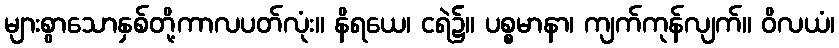
များစွာသောနှစ်တို့ကာလပတ်လုံး။ နိရယေ၊ ငရဲ၌။ ပစ္စမာနာ၊ ကျက်ကုန်လျက်။ ဝိလယံ၊